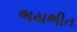
ભયભીત